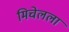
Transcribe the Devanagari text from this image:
मिचेलला